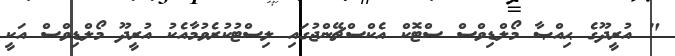
" އުރީދޫގެ ޙިއްޞާ މޯލްޑިވްސް ސްޓޮކް އެކްސްޗޭންޖުގައި ލިސްޓުކުރެވުމާއެކު އުރީދޫ މޯލްޑިވްސް އަކީ